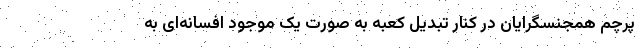
پرچم همجنسگرایان در کنار تبدیل کعبه به صورت یک موجود افسانه‌ای به